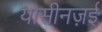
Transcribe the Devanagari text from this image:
यासीनज़ई